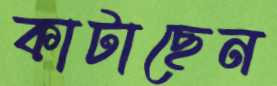
কাটাছেন